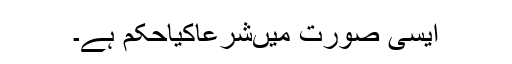
ایسی صورت میںشرعاکیاحکم ہے۔